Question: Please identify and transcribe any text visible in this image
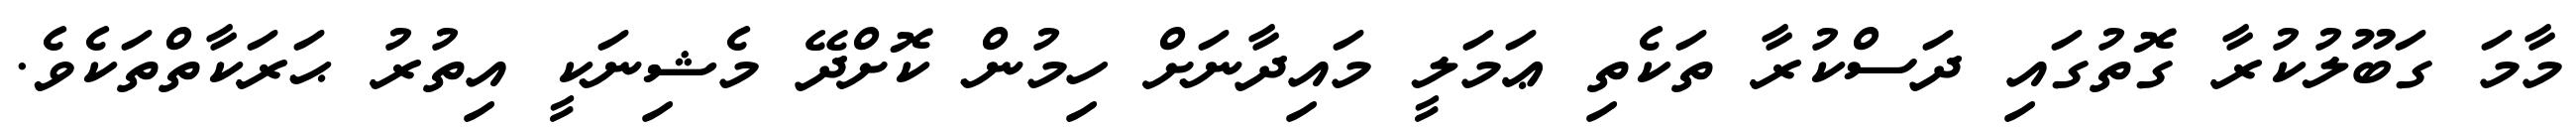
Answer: މާމަ ގަބޫލުކުރާ ގޮތުގައި ދަސްކުރާ ތަކެތި ޢަމަލީ މައިދާނަށް ހިމުން ކޮށްދޭ މެޝިނަކީ އިތުރު ޙަރަކާތްތަކެވެ.